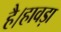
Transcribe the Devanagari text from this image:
है।हावड़ा